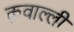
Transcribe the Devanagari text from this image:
क़वाल्ली